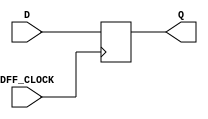
`timescale 1ns / 1ps
//////////////////////////////////////////////////////////////////////////////////
// Company: 
// Engineer: 
// 
// Design Name: 
// Module Name: my_dff
// Project Name: 
// Target Devices: 
// Tool Versions: 
// Description: 
// 
// Dependencies: 
// 
// Revision:
// Revision 0.01 - File Created
// Additional Comments:
// 
//////////////////////////////////////////////////////////////////////////////////


module my_dff(input DFF_CLOCK, D, output reg Q = 0);
 always @ (posedge DFF_CLOCK) begin
 Q <= D;
 end
endmodule